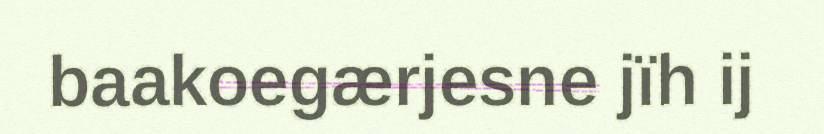
baakoegærjesne jïh ij